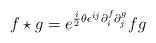
\begin{align*}f \star g = e^{{i \over 2} \theta \epsilon^{ij} \partial^f_i \partial^g_j}fg\end{align*}